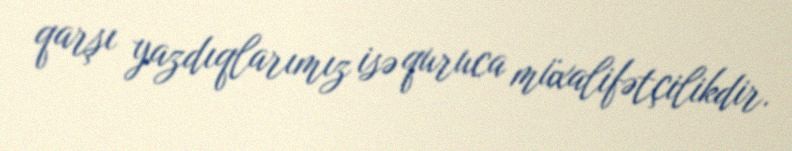
qarşı yazdıqlarımız isə quruca müxalifətçilikdir.